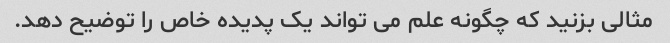
مثالی بزنید که چگونه علم می تواند یک پدیده خاص را توضیح دهد.